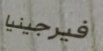
فيرجينيا